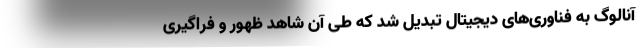
آنالوگ به فناوری‌های دیجیتال تبدیل شد که طی آن شاهد ظهور و فراگیری